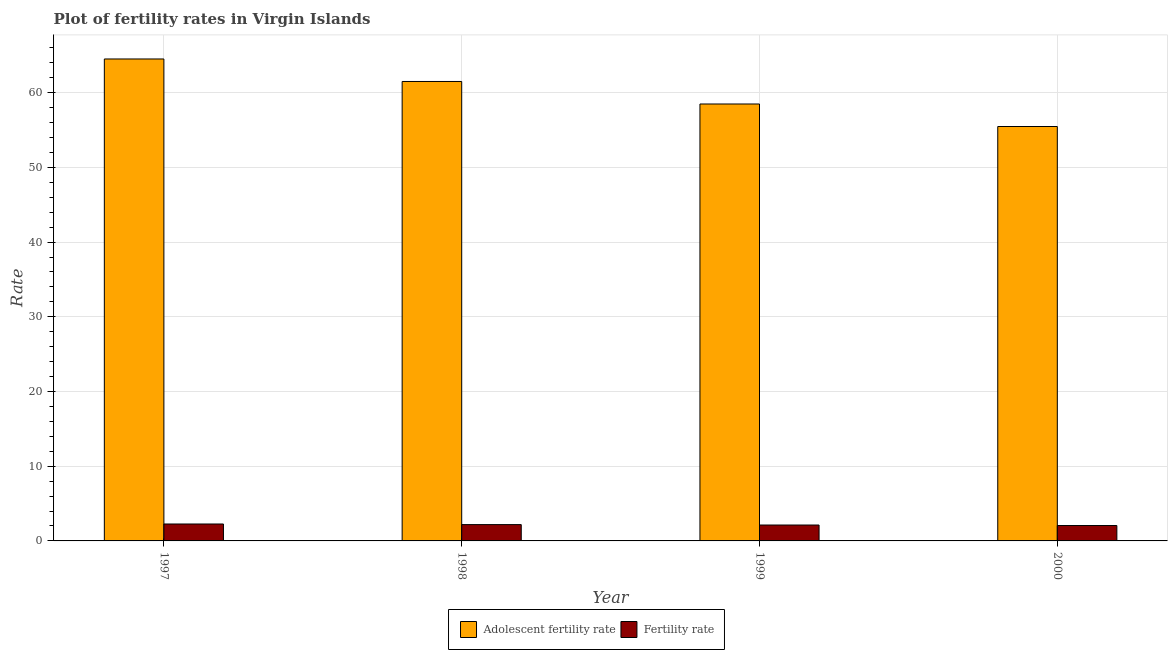
| Year | Adolescent fertility rate | Fertility rate |
 | --- | --- | --- |
 | 1997 | 64.5 | 2.27 |
 | 1998 | 61.5 | 2.18 |
 | 1999 | 58.5 | 2.13 |
 | 2000 | 55.5 | 2.06 |